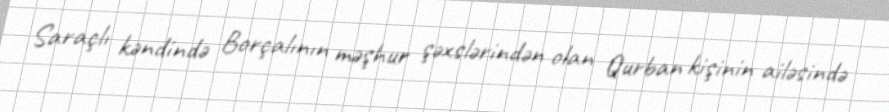
Saraçlı kəndində Borçalının məşhur şəxslərindən olan Qurban kişinin ailəsində